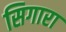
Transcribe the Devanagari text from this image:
सिगारा